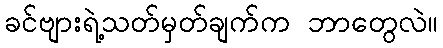
ခင်ဗျားရဲ့သတ်မှတ်ချက်က ဘာတွေလဲ။